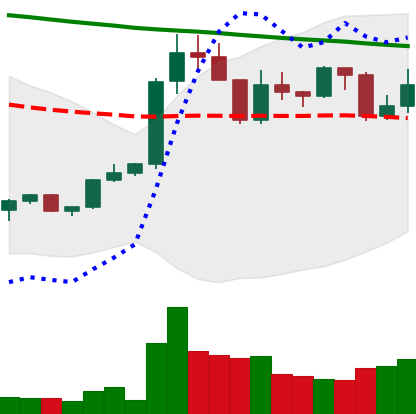
Ticker: XRP-USD
Chart end date: 2022-02-19
Forward return: -15.35%
Label: down_7plus